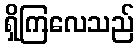
ရှိကြလေသည်